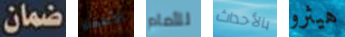
ضمان الأطفاء للأمام بالأحداث هيثرو